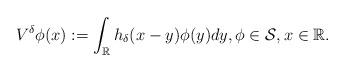
LaTeX: \begin{align*}V^\delta \phi(x):=\int_\mathbb{R}h_\delta(x-y)\phi(y)dy,\phi \in \mathcal{S},x \in \mathbb{R}.\end{align*}